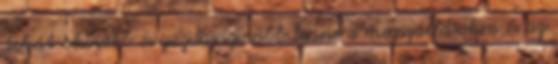
tehát okosabb és gazdaságosabb lenne a megszállásokra és az